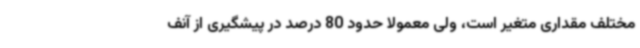
مختلف مقداری متغیر است، ولی معمولا حدود 80 درصد در پیشگیری از آنف